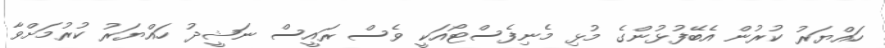
ހައްޔަރު ކުރުން އެބޭފުޅުންގެ މުޅި މެނިފެސްޓޯއަކީ ވެސް ރައީސް ނަޝީދު ހައްޔަރު ކުރުމަށްވާ